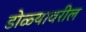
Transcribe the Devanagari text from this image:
डोळ्यावरील